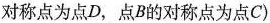
对称点为点D，点B的对称点为点C）